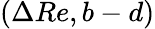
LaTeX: (\Delta Re,b-d)